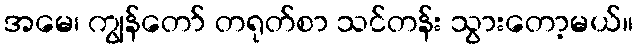
အမေ၊ ကျွန်တော် တရုတ်စာ သင်တန်း သွားတော့မယ်။